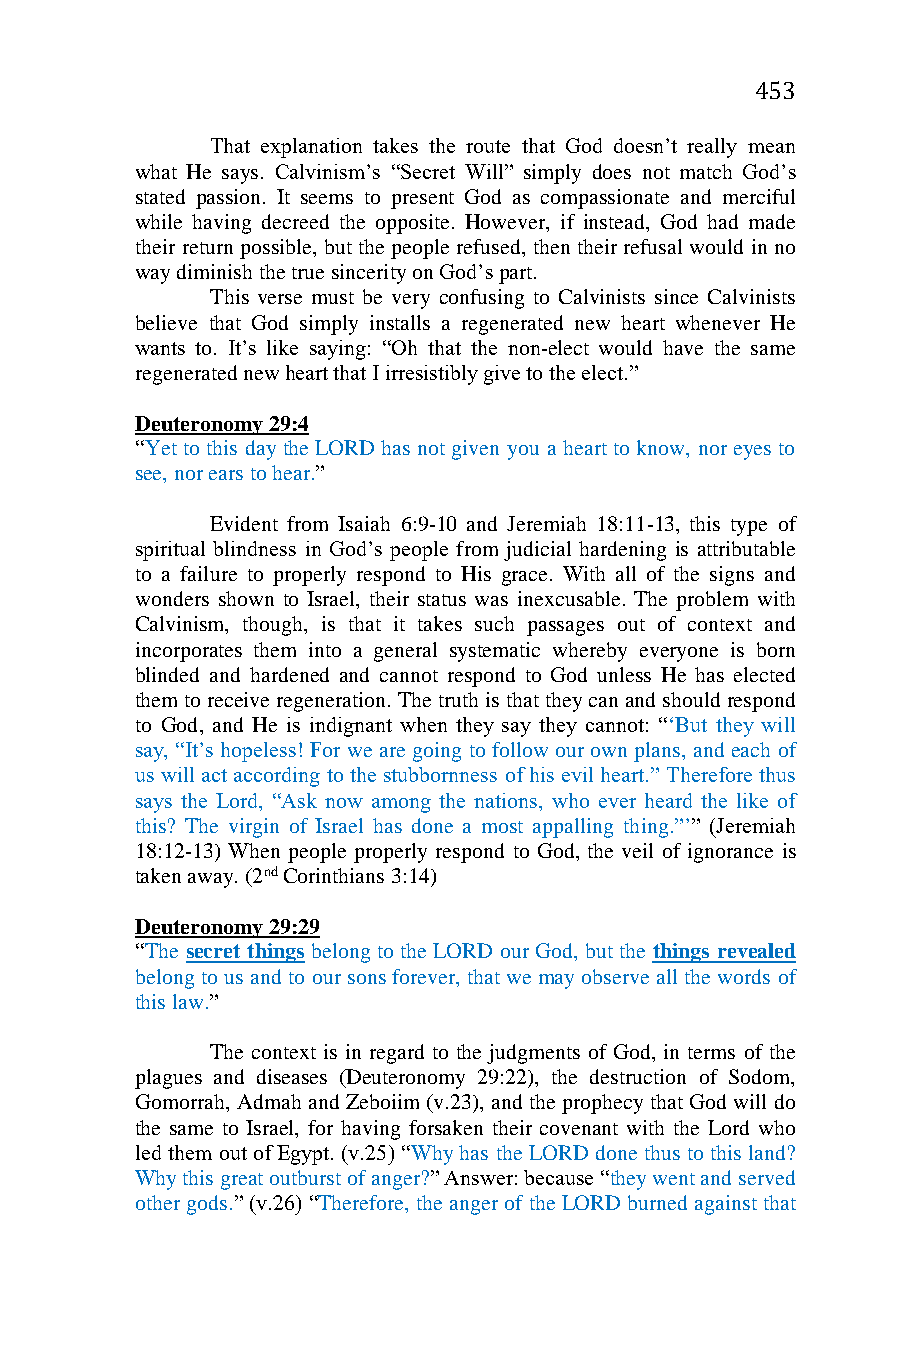
453
 That explanation takes the route that God doesn’t really mean
 what He says. Calvinism’s “Secret Will” simply does not match God’s
 stated passion. It seems to present God as compassionate and merciful
 while having decreed the opposite. However, if instead, God had made
 their return possible, but the people refused, then their refusal would in no
 way diminish the true sincerity on God’s part.
 This verse must be very confusing to Calvinists since Calvinists
 believe that God simply installs a regenerated new heart whenever He
 wants to. It’s like saying: “Oh that the non-elect would have the same
 regenerated new heart that I irresistibly give to the elect.”
 Deuteronomy 29:4
 “Yet to this day the LORD has not given you a heart to know, nor eyes to
 see, nor ears to hear.”
 Evident from Isaiah 6:9-10 and Jeremiah 18:11-13, this type of
 spiritual blindness in God’s people from judicial hardening is attributable
 to a failure to properly respond to His grace. With all of the signs and
 wonders shown to Israel, their status was inexcusable. The problem with
 Calvinism, though, is that it takes such passages out of context and
 incorporates them into a general systematic whereby everyone is born
 blinded and hardened and cannot respond to God unless He has elected
 them to receive regeneration. The truth is that they can and should respond
 to God, and He is indignant when they say they cannot: “‘But they will
 say, “It’s hopeless! For we are going to follow our own plans, and each of
 us will act according to the stubbornness of his evil heart.” Therefore thus
 says the Lord, “Ask now among the nations, who ever heard the like of
 this? The virgin of Israel has done a most appalling thing.”’” (Jeremiah
 18:12-13) When people properly respond to God, the veil of ignorance is
 taken away. (2nd Corinthians 3:14)
 Deuteronomy 29:29
 “The secret things belong to the LORD our God, but the things revealed
 belong to us and to our sons forever, that we may observe all the words of
 this law.”
 The context is in regard to the judgments of God, in terms of the
 plagues and diseases (Deuteronomy 29:22), the destruction of Sodom,
 Gomorrah, Admah and Zeboiim (v.23), and the prophecy that God will do
 the same to Israel, for having forsaken their covenant with the Lord who
 led them out of Egypt. (v.25) “Why has the LORD done thus to this land?
 Why this great outburst of anger?” Answer: because “they went and served
 other gods.” (v.26) “Therefore, the anger of the LORD burned against that